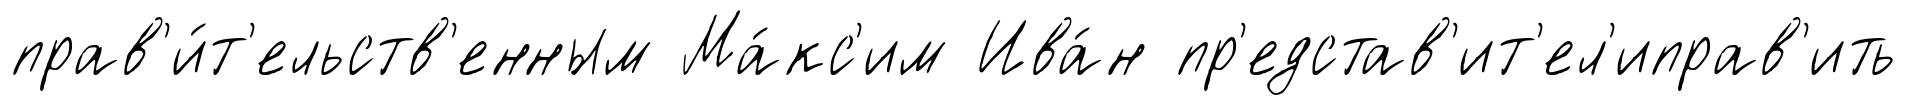
прав'и́т'ельств'енным Ма́кс'им Ива́н пр'едстав'ит'ел'иправ'ить